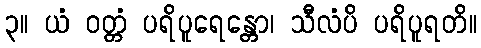
၃။ ယံ ဝတ္တံ ပရိပူရေန္တော၊ သီလံပိ ပရိပူရတိ။